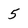
Character: 5